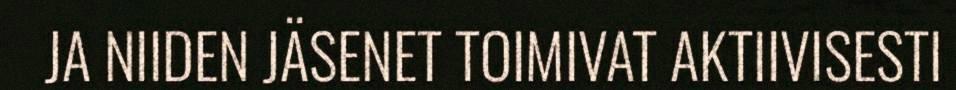
JA NIIDEN JÄSENET TOIMIVAT AKTIIVISESTI